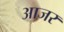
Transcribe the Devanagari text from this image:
आजर